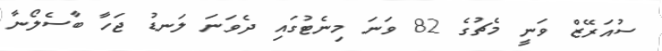
ސުއަރޭޒް ވަނީ މެޗުގެ 82 ވަނަ މިނެޓުގައި ދެވަނަ ލަނޑު ޖަހާ ބާސެލޯނާ